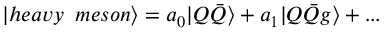
| h e a v y \; \; m e s o n \rangle = a _ { 0 } | Q \bar { Q } \rangle + a _ { 1 } | Q \bar { Q } g \rangle + . . .